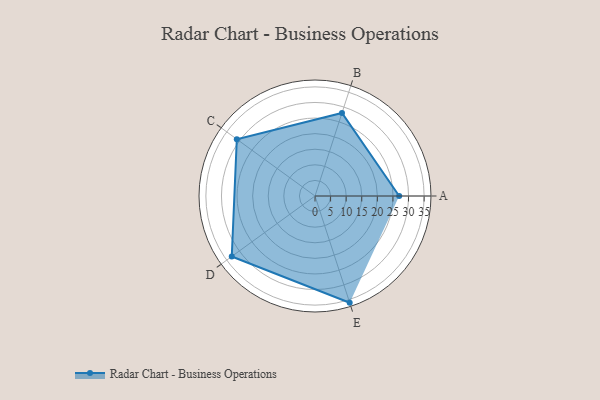
{"axis": {"x": "Skill", "y": "Score"}, "legend": ["Profile"], "data": [{"x": "A", "y": 27.0, "type": "Profile"}, {"x": "B", "y": 28.0, "type": "Profile"}, {"x": "C", "y": 31.0, "type": "Profile"}, {"x": "D", "y": 33.0, "type": "Profile"}, {"x": "E", "y": 36.0, "type": "Profile"}]}